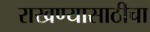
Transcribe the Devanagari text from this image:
राखण्यासाठीचा